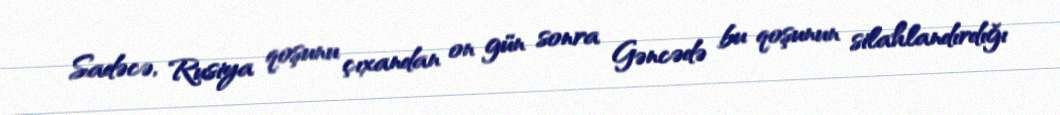
Sadəcə, Rusiya qoşunu çıxandan on gün sonra Gəncədə bu qoşunun silahlandırdığı